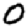
Digit: 0